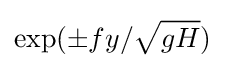
\exp(\pm fy/{\sqrt {gH}})